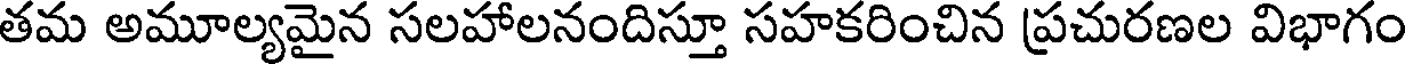
తమ అమూల్యమైన సలహాలనందిస్తూ సహకరించిన ప్రచురణల విభాగం